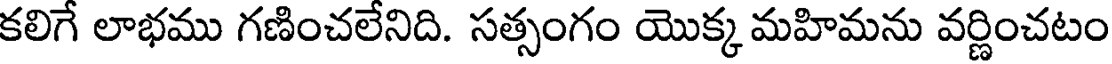
కలిగే లాభము గణించలేనిది. సత్సంగం యొక్క మహిమను వర్ణించటం